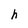
Character: h